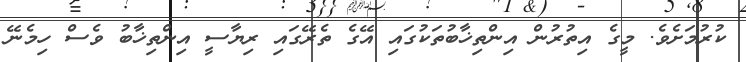
ކުރުމަށެވެ. މީގެ އިތުރުން އިންތިޚާބުތަކުގައި އޭގެ ތެރޭގައި ރިޔާސީ އިންތިޚާބު ވެސް ހިމެނޭ